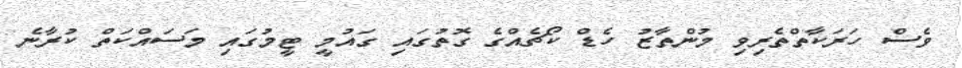
ވެސް ހަރަކާތްތެރިވި މުންތާޒު ހެޑް ކޯޗެއްގެ ގޮތުގައި ގައުމީ ޓީމުގައި މަސައްކަތް ކުރާނެ